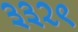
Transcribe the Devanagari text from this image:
३३२९